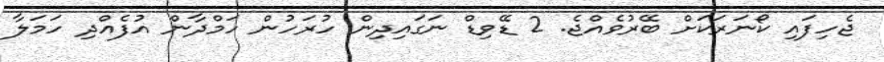
ޖެހިފައި ކޯނަރަކަށް ބޭރުވެއްޖެ. 2 ޑޭވިޑް ނަގައިދިން ހުރަހުން ހަމްދާން އުފެއްދި ހަމަލާ